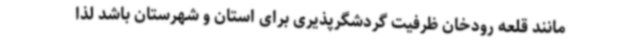
مانند قلعه رودخان ظرفیت گردشگرپذیری برای استان و شهرستان باشد لذا